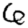
Digit: 6